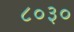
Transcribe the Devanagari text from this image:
८०३०